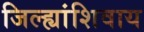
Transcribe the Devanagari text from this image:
जिल्ह्यांशिवाय